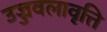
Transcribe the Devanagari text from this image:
उज्जवलावृत्ति